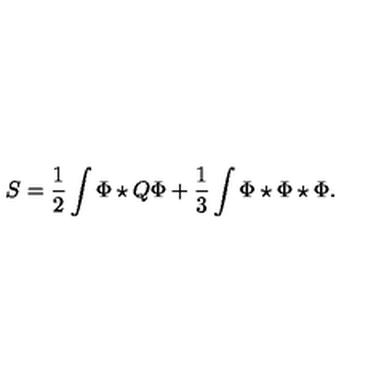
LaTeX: S = \frac 1 2 \int \Phi \star Q \Phi + \frac 1 3 \int \Phi \star \Phi \star \Phi .